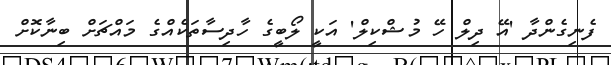
ފެނިގެންދާ 'އޭ ދިލް ހޭ މުޝްކިލް' އަކީ ލޯބީގެ ހާދިސާތަކެއްގެ މައްޗަށް ބިނާކޮށް